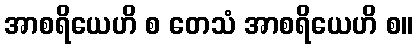
အာစရိယေဟိ စ တေသံ အာစရိယေဟိ စ။